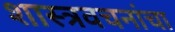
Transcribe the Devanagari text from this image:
शास्त्रवचनांचा